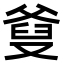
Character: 𤕗